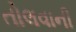
તોલવાની